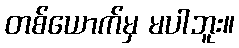
တစ်ယောက်မှ မပါဘူး။